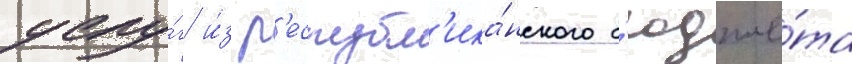
услу́г и́з р'еспубл'ика́нского б'юдже́та